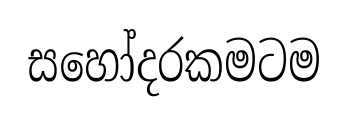
සහෝදරකමටම